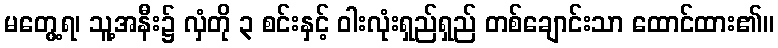
မတွေ့ရ၊ သူ့အနီး၌ လှံတို ၃ စင်းနှင့် ဝါးလုံးရှည်ရှည် တစ်ချောင်းသာ ထောင်ထား၏။